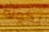
بكونه